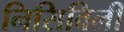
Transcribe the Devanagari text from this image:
निसिविली